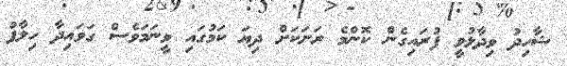
ޝާހިދު ވިދާޅުވީ ފުރައިގެން ކޮންމެ ރަށަކަށް ދިޔަ ކަމުގައި ވީނަމަވެސް ގަވައިދާ ހިލާފު